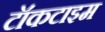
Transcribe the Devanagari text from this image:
टॉकटाइम